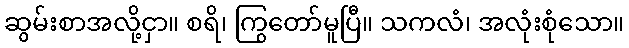
ဆွမ်းစာအလို့ငှာ။ စရိ၊ ကြွတော်မူပြီ။ သကလံ၊ အလုံးစုံသော။